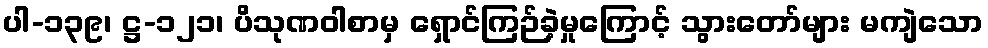
ပါ-၁၃၉၊ ဋ္ဌ-၁၂၁၊ ပိသုဏဝါစာမှ ရှောင်ကြဉ်ခဲ့မှုကြောင့် သွားတော်များ မကျဲသော